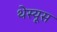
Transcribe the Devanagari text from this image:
थेस्यूस